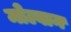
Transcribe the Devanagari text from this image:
मोल्वान